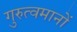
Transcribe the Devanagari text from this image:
गुरुत्वमानों